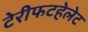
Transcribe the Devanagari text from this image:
टेरीफटहेलेट